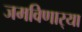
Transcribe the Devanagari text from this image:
जमविणार्‍या